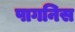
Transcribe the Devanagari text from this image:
पागनिस